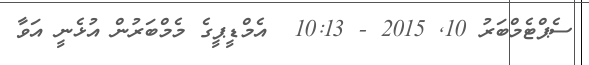
ސެޕްޓެމްބަރު 10